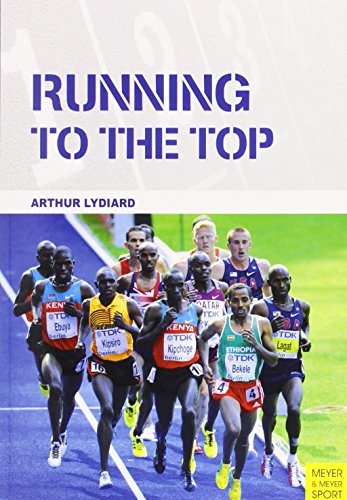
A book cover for Running to the Top; Arthur Lydiard; Sports & Outdoors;